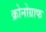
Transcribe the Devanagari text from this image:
क्रोनोग्राफ